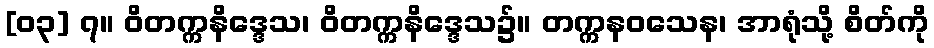
[၀၃] ၇။ ဝိတက္ကနိဒ္ဒေသ၊ ဝိတက္ကနိဒ္ဒေသ၌။ တက္ကနဝသေန၊ အာရုံသို့ စိတ်ကို